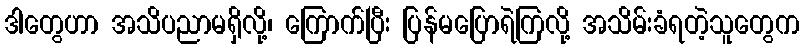
ဒါတွေဟာ အသိပညာမရှိလို့၊ ကြောက်ပြီး ပြန်မပြောရဲကြလို့ အသိမ်းခံရတဲ့သူတွေက